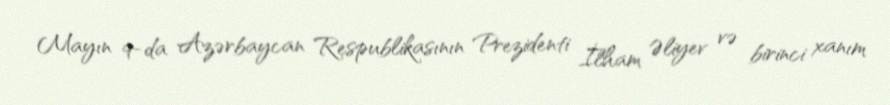
Mayın 9-da Azərbaycan Respublikasının Prezidenti İlham Əliyev və birinci xanım